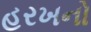
હરખનો